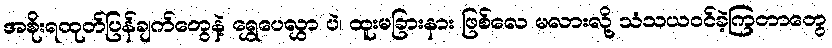
အစိုးရထုတ်ပြန်ချက်တွေနဲ့ ရွှေပေလွှာ ပဲ၊ ထူးမခြားနား ဖြစ်လေ မလားလို့ သံသယဝင်ခဲ့ကြတာတွေ